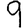
Digit: 9